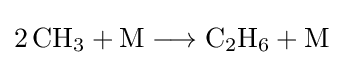
{2\,\mathrm {CH} {\vphantom {A}}_{\smash[{t}]{3}}{}+{}\mathrm {M} {}\mathrel {\longrightarrow } {}\mathrm {C} {\vphantom {A}}_{\smash[{t}]{2}}\mathrm {H} {\vphantom {A}}_{\smash[{t}]{6}}{}+{}\mathrm {M} }